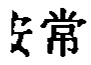
安常